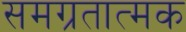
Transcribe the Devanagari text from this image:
समग्रतात्मक